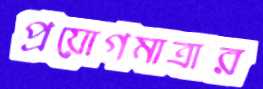
প্রয়োগমাত্রার